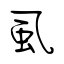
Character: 虱